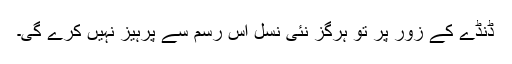
ڈنڈے کے زور پر تو ہرگز نئی نسل اس رسم سے پرہیز نہیں کرے گی۔